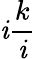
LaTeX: \mathit{i}{\frac{{k}}{{\mathit{i}}}}